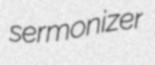
sermonizer